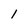
Character: l